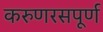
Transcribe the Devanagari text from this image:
करुणरसपूर्ण